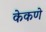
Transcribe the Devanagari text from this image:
केकणे